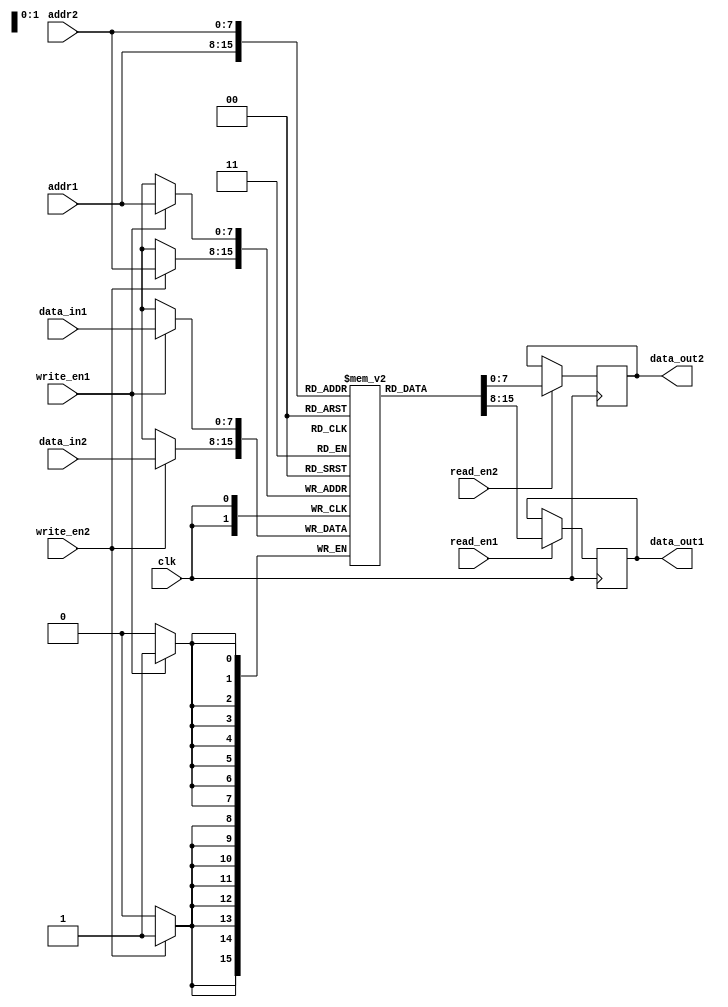
module dualport_ram(
    input clk,
    input [7:0] addr1,
    input [7:0] addr2,
    input [7:0] data_in1,
    input [7:0] data_in2,
    input write_en1,
    input write_en2,
    input read_en1,
    input read_en2,
    output reg [7:0] data_out1,
    output reg [7:0] data_out2
);

reg [7:0] memory [255:0]; // Dual-port RAM block with 256 memory locations

reg [1:0] arbiter; // Arbitration logic to determine which port has priority

always @(posedge clk) begin
    if (write_en1) begin
        memory[addr1] <= data_in1; // Write data to memory location based on address from port 1
    end
    
    if (write_en2) begin
        memory[addr2] <= data_in2; // Write data to memory location based on address from port 2
    end
    
    if (read_en1) begin
        data_out1 <= memory[addr1]; // Read data from memory location based on address from port 1
    end
    
    if (read_en2) begin
        data_out2 <= memory[addr2]; // Read data from memory location based on address from port 2
    end
    
    // Arbiter logic to determine priority based on predefined criteria
    if (!read_en1 && !write_en1) begin
        arbiter <= 2'b00; // Port 1 is idle
    end else begin
        arbiter <= 2'b01; // Port 1 has priority
    end
end

endmodule